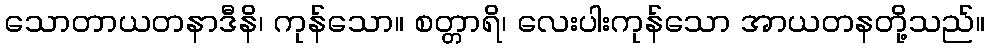
သောတာယတနာဒီနိ၊ ကုန်သော။ စတ္တာရိ၊ လေးပါးကုန်သော အာယတနတို့သည်။